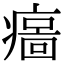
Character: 𤹦